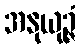
အနုယုဉ္ဇံ